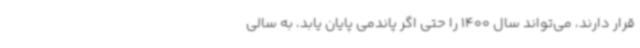
قرار دارند، می‌تواند سال 1400 را حتی اگر پاندمی پایان یابد، به سالی